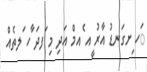
ަހ ިށގަނޑު އާރު ީއ ެއމް އަދި މި ަފދަ ާހ ަލތެއް